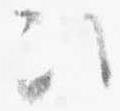
次